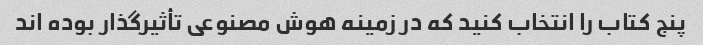
پنج کتاب را انتخاب کنید که در زمینه هوش مصنوعی تأثیرگذار بوده اند